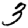
Digit: 3